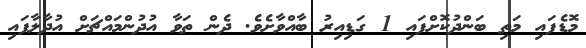
މޮޑެފައި މަތި ބަންދުކޮށްފައި 1 ގަޑިއިރު ބާއްވާށެވެ. ދެން ތަވާ އުދުންމައްޗަށް އުދާލާފައި